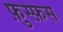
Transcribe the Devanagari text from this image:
फ़ुस्फ़स